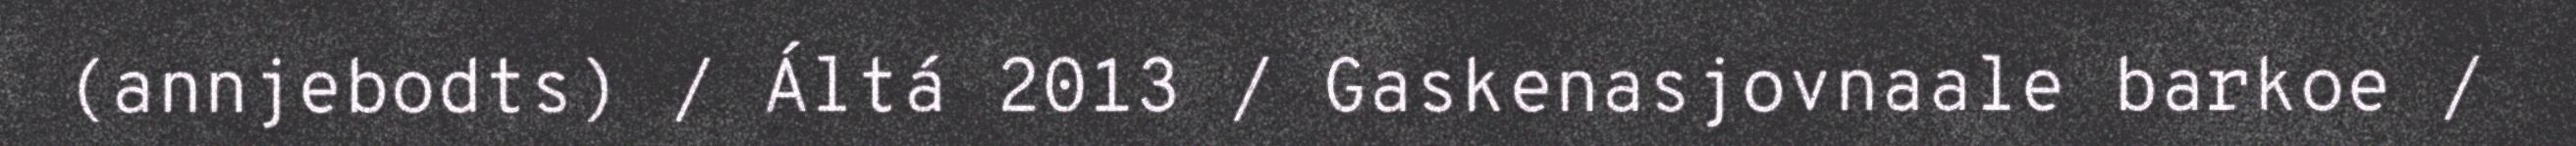
(annjebodts) / Áltá 2013 / Gaskenasjovnaale barkoe /